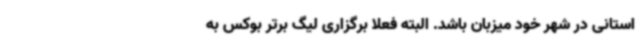
استانی در شهر خود میزبان باشد. البته فعلا برگزاری لیگ برتر بوکس به